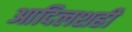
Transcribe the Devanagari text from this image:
आदिलशही